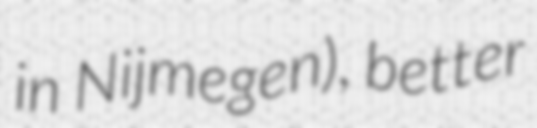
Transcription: in Nijmegen), better